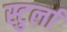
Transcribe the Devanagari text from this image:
स्टुर्ला